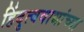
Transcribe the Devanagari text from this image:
हिंदुत्ववाद्यांच्या